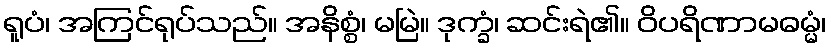
ရူပံ၊ အကြင်ရုပ်သည်။ အနိစ္စံ၊ မမြဲ။ ဒုက္ခံ၊ ဆင်းရဲ၏။ ဝိပရိဏာမဓမ္မံ၊